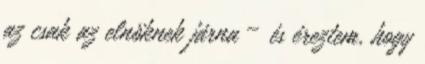
az csak az elnöknek járna – és éreztem, hogy